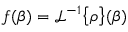
f ( \beta ) = \mathcal { L } ^ { - 1 } \big \{ \rho \big \} ( \beta )